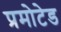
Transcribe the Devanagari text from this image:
प्रमोटेड